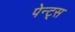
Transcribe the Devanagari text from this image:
पेन्ट्स